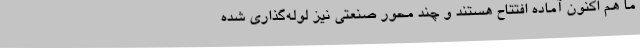
ما هم اکنون آماده افتتاح هستند و چند محور صنعتی نیز لوله‌گذاری شده